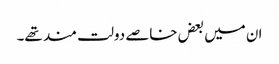
ان میں بعض خاصے دولت مند تھے۔